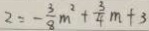
2 = - \frac { 3 } { 8 } m ^ { 2 } + \frac { 3 } { 4 } m + 3